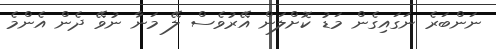
ނަންބަރެ ނަގައިގެން މަޑު ކޮށްލަން އޭރުވެސް ލޭ މަނާ ނުވޭ ދެން އެންމެ